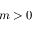
m > 0